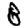
Digit: 8